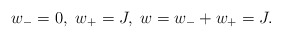
\begin{align*}w_-=0, \ w_+=J, \ w=w_-+w_+=J.\end{align*}